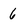
Character: 6